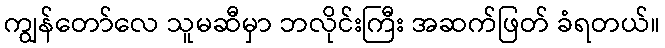
ကျွန်တော်လေ သူမဆီမှာ ဘလိုင်းကြီး အဆက်ဖြတ် ခံရတယ်။